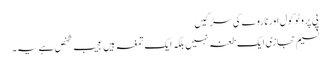
پی پروٹو کول اور ناروے کی سڑکیں
نسیم حجازی ایک طعنہ نہیں بلکہ ایک تمغہ ہیں	عجیب شخص ہے یہ۔